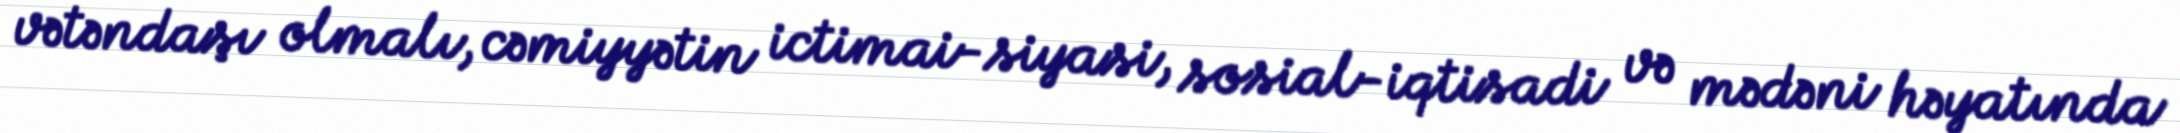
vətəndaşı olmalı, cəmiyyətin ictimai-siyasi, sosial-iqtisadi və mədəni həyatında